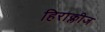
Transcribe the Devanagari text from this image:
हिराक्लीज